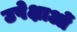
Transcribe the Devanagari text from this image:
उपेक्षाओं